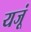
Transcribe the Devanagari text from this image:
यजूं